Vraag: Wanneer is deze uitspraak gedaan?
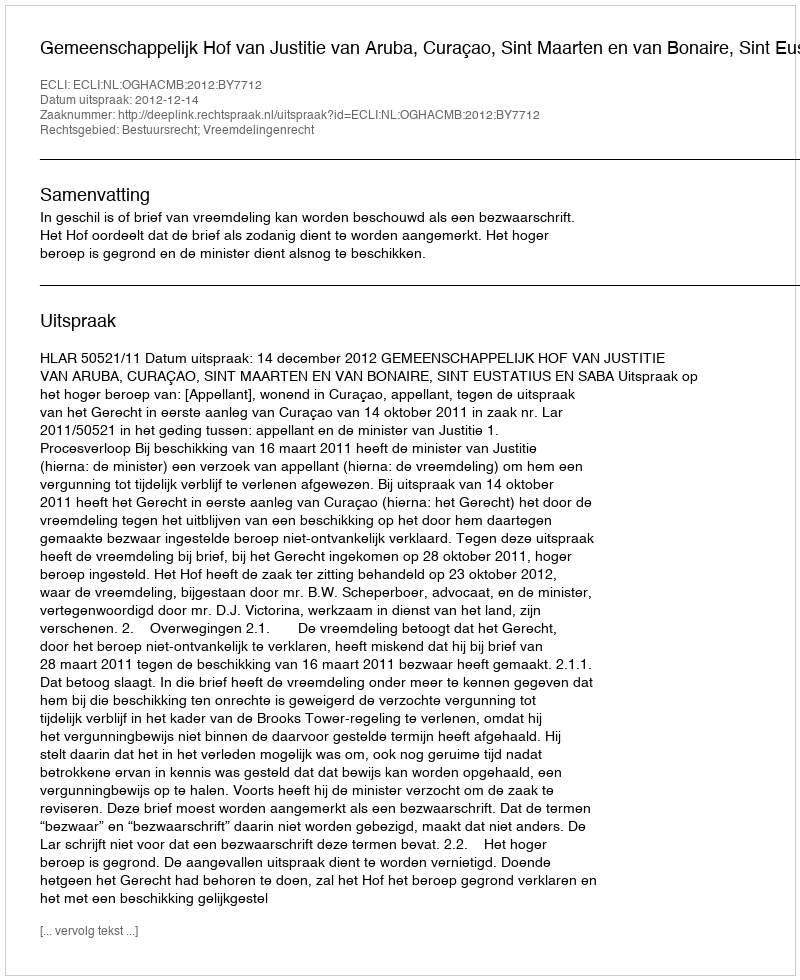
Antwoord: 2012-12-14